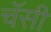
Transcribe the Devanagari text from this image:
चॅसी